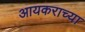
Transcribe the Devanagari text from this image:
आयकराच्या